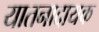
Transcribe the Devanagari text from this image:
यातनादायक